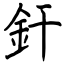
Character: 釬